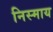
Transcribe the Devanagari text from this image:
निस्माय